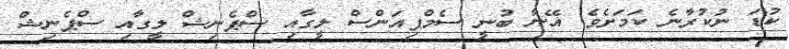
ކުޑަ ނުކުރާނެ ކަމަށެވެ. އޭނާ ބުނީ ސެމްޕިއަންސް ލީގާއި ސްޕެނިޝް ލީގާއި ސްޕެނިޝް